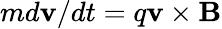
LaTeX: md\mathbf{v}/dt=q\mathbf{v}\times\mathbf{B}